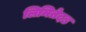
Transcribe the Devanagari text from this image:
लिमितेदड